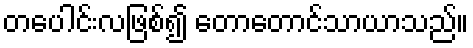
တပေါင်းလဖြစ်၍ တောတောင်သာယာသည်။